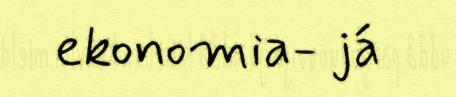
ekonomia- já